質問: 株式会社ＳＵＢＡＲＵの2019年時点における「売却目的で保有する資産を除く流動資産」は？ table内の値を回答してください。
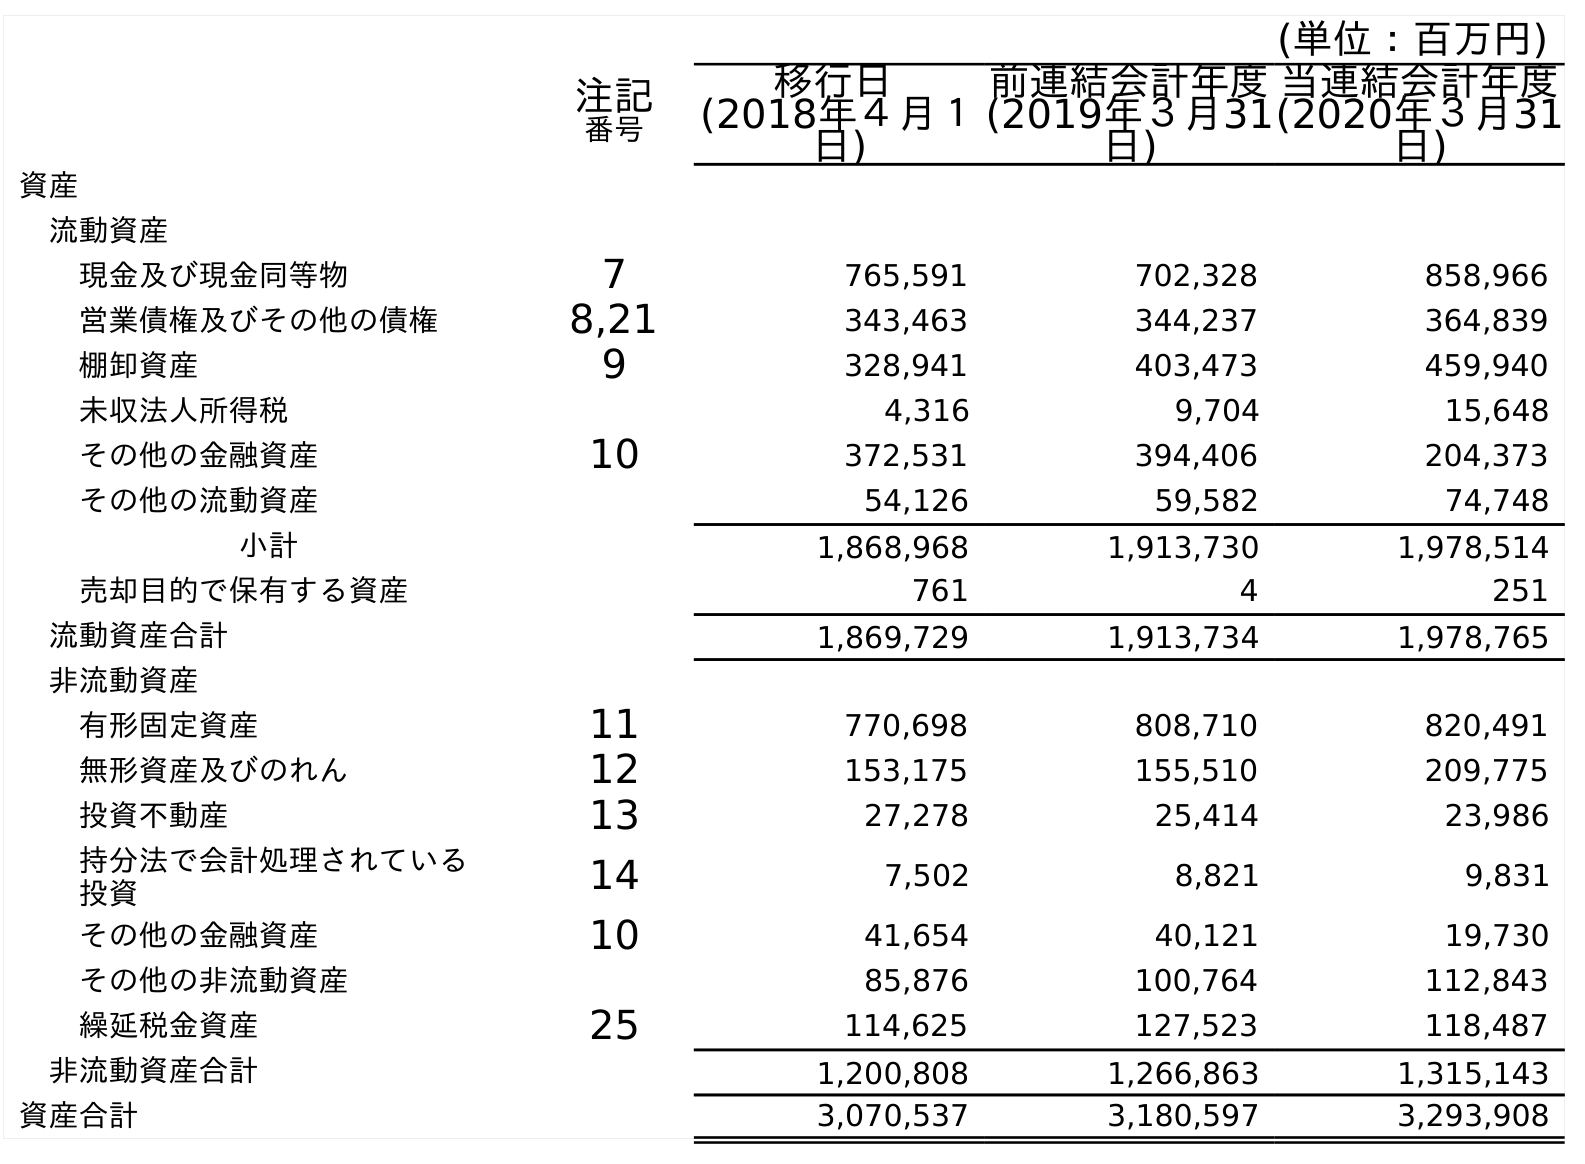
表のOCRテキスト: (単位：百万円) 注記 番号 移行日 (2018年４月１ 日) 前連結会計年度 (2019年３月31 日) 当連結会計年度 (2020年３月31 日) 資産 流動資産 現金及び現金同等物 7 765,591 702,328 858,966 営業債権及びその他の債権 8,21 343,463 344,237 364,839 棚卸資産 9 328,941 403,473 459,940 未収法人所得税 4,316 9,704 15,648 その他の金融資産 10 372,531 394,406 204,373 その他の流動資産 54,126 59,582 74,748 小計 1,868,968 1,913,730 1,978,514 売却目的で保有する資産 761 4 251 流動資産合計 1,869,729 1,913,734 1,978,765 非流動資産 有形固定資産 11 770,698 808,710 820,491 無形資産及びのれん 12 153,175 155,510 209,775 投資不動産 13 27,278 25,414 23,986 持分法で会計処理されている 投資 14 7,502 8,821 9,831 その他の金融資産 10 41,654 40,121 19,730 その他の非流動資産 85,876 100,764 112,843 繰延税金資産 25 114,625 127,523 118,487 非流動資産合計 1,200,808 1,266,863 1,315,143 資産合計 3,070,537 3,180,597 3,293,908
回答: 1,913,730